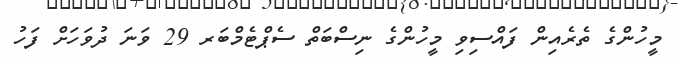
މީހުންގެ ތެރެއިން ފައްސިވި މީހުންގެ ނިސްބަތް ސެޕްޓެމްބަރ 29 ވަނަ ދުވަހަށް ފަހު